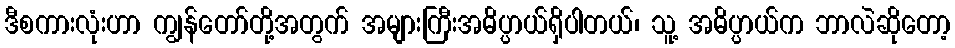
ဒီစကားလုံးဟာ ကျွန်တော်တို့အတွက် အများကြီးအဓိပ္ပာယ်ရှိပါတယ်၊ သူ့ အဓိပ္ပာယ်က ဘာလဲဆိုတော့